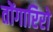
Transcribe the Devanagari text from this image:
तोंगारिरो